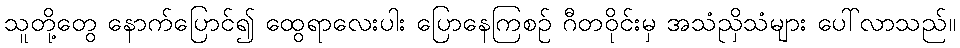
သူတို့တွေ နောက်ပြောင်၍ ထွေရာလေးပါး ပြောနေကြစဉ် ဂီတဝိုင်းမှ အသံညှိသံများ ပေါ်လာသည်။